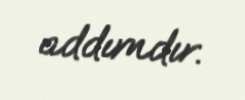
addımdır.